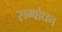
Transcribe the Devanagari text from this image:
सम्वोधन